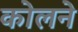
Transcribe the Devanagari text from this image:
कोलने